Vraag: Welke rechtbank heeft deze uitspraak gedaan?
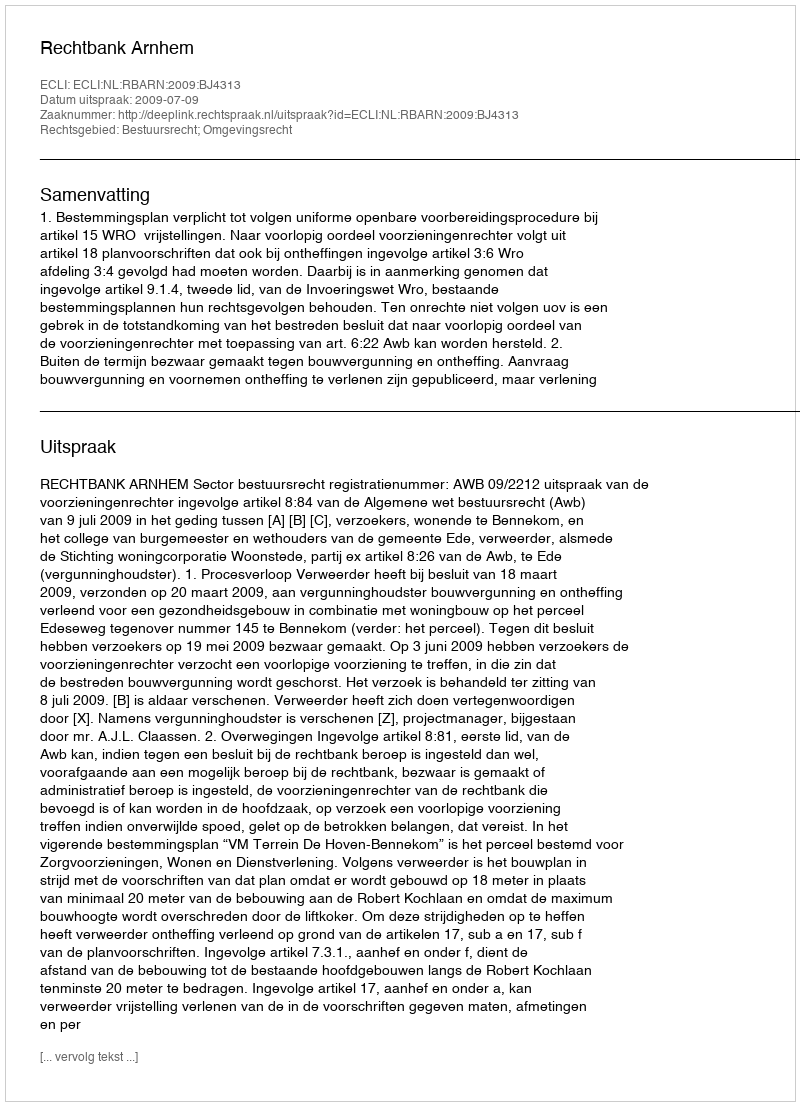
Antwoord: Rechtbank Arnhem